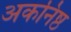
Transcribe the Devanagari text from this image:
अकनिष्ठ